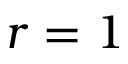
r = 1